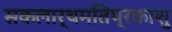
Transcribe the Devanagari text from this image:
सकलार्थमतिप्रकाशु